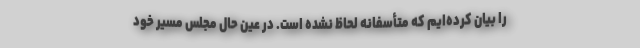
را بیان کرده‌ایم که متأسفانه لحاظ نشده است. در عین حال مجلس مسیر خود